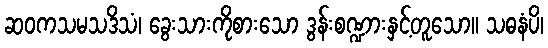
ဆဝကသမသဒိသံ၊ ခွေးသားကိုစားသော ဒွန်းစဏ္ဍားနှင့်တူသော။ သဓနံပိ၊